Report of an investigation of the epidemic of malarial fever in Assam, or, kala-azar
Disease focus: Malaria
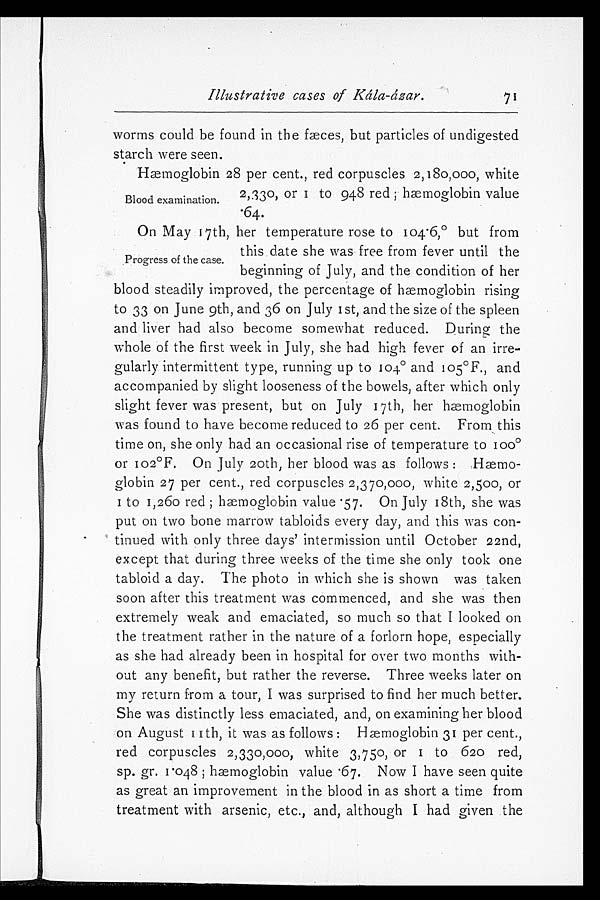
1
Illustrative cases of Kála-ázar.
71
worms could be found in the fæces, but particles of undigested
starch were seen.
Hemoglobin 28 per cent., red corpuscles 2,180,000, white
2,33o, or 1 to 948 red; hæmoglobin value
Blood examination. 64.
On May 17th, her temperature rose to 1o4.6,° but from
this date she was free from fever until the
Progress of the case. beginning of July, and the condition of her
blood steadily improved, the percentage of hæmoglobin rising
to 33 on June 9th, and 36 on July 1 st, and the size of the spleen
and liver had also become somewhat reduced. During the
whole of the first week in July, she had high fever of an irre
- g u l a r l y i n t e r m i t t e n t t y p e , r u n n i n g u p t o 1 0 4° a n d 1 0 5°F . , a n d
accompanied by slight looseness of the bowels, after which only
slight fever was present, but on July 17th, her hæmoglobin
was found to have become reduced to 26 per cent. From this
time on, she only had an occasional rise of temperature to 100°o
r 102°F. On July 2oth, her blood was as follows: Hæmo-
globin 27 per cent., red corpuscles 2,370,000, white 2,500, or
1 t o 1 , 2 6 o r e d ; h æ m o g l o b i n v a l u e . 5 7 . O n J u l y 1 8 t h , s h e w a s
put on two bone marrow tabloids every day, and this was con-
tinued with only three days' intermission until October 22nd,
except that during three weeks of the time she only took one
tabloid a day. The photo in which she is shown was taken
soon after this treatment was commenced, and she was then
extremely weak and emaciated, so much so that I looked on
the treatment rather in the nature of a forlorn hope, especially
as she had already been in hospital for over two months with
-out any benefit, but rather the reverse. Three weeks later on
my return from a tour, I was surprised to find her much better.
She was distinctly less emaciated, and, on examining her blood
on August 11th, it was as follows: Hæmoglobin 31 per cent.,
red corpuscles 2,330,000, white 3,75o, or 1 to 620 red,
s p . g r . 1 . 0 4 8 ; h æmo g l o b i n v a l u e . 6 7 . No w I h a v e s e e n q u i t e
as great an improvement in the blood in as short a time from
treatment with arsenic, etc., and, although I had given the